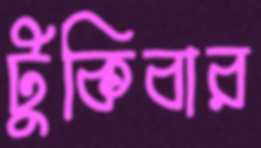
টুকিবার